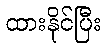
ထားနိုင်ပြီး